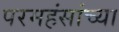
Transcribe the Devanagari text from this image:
परमहंसांच्या